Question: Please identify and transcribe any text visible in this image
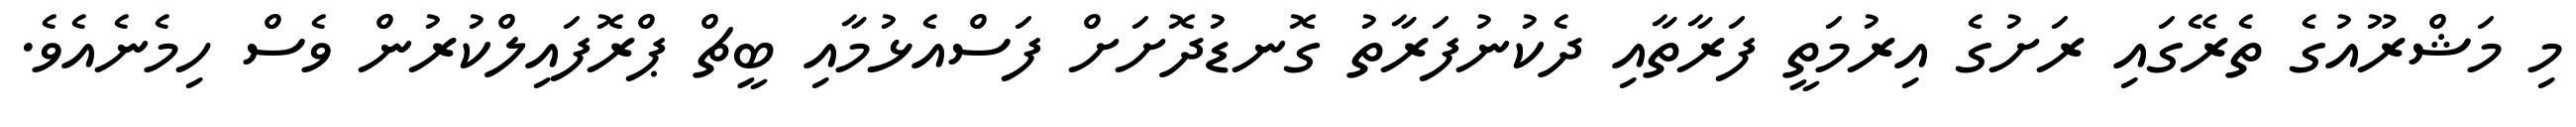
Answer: މި މަޝްރޫއުގެ ތެރޭގައި ރަށުގެ އިރުމަތީ ފަރާތާއި ދެކުނުފަރާތު ގޮނޑުދޮށަށް ފަސްއެޅުމާއި ބީޗް ޕްރޮފައިލްކުރުން ވެސް ހިމެނެއެވެ.